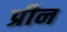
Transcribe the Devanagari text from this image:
प्रीन